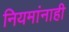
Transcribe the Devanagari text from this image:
नियमांनाही